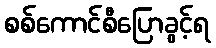
စစ်ကောင်စီပြောခွင့်ရ